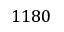
1 1 8 0